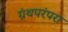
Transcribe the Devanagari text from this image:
ग्रंथपरंपरा